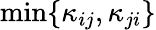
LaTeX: \operatorname*{min}\{ \kappa_{ij},\kappa_{ji}\}